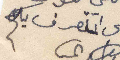
الى التعرف بكم